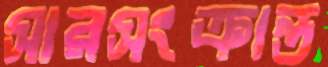
সারসংক্রান্ত